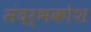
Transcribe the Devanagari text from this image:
संदर्भकोश